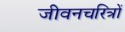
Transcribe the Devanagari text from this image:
जीवनचरित्रों